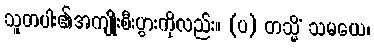
သူတပါး၏အကျိုးစီးပွားကိုလည်း။ (ပ) တသ္မိံ သမယေ၊